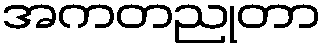
အကတညုတာ